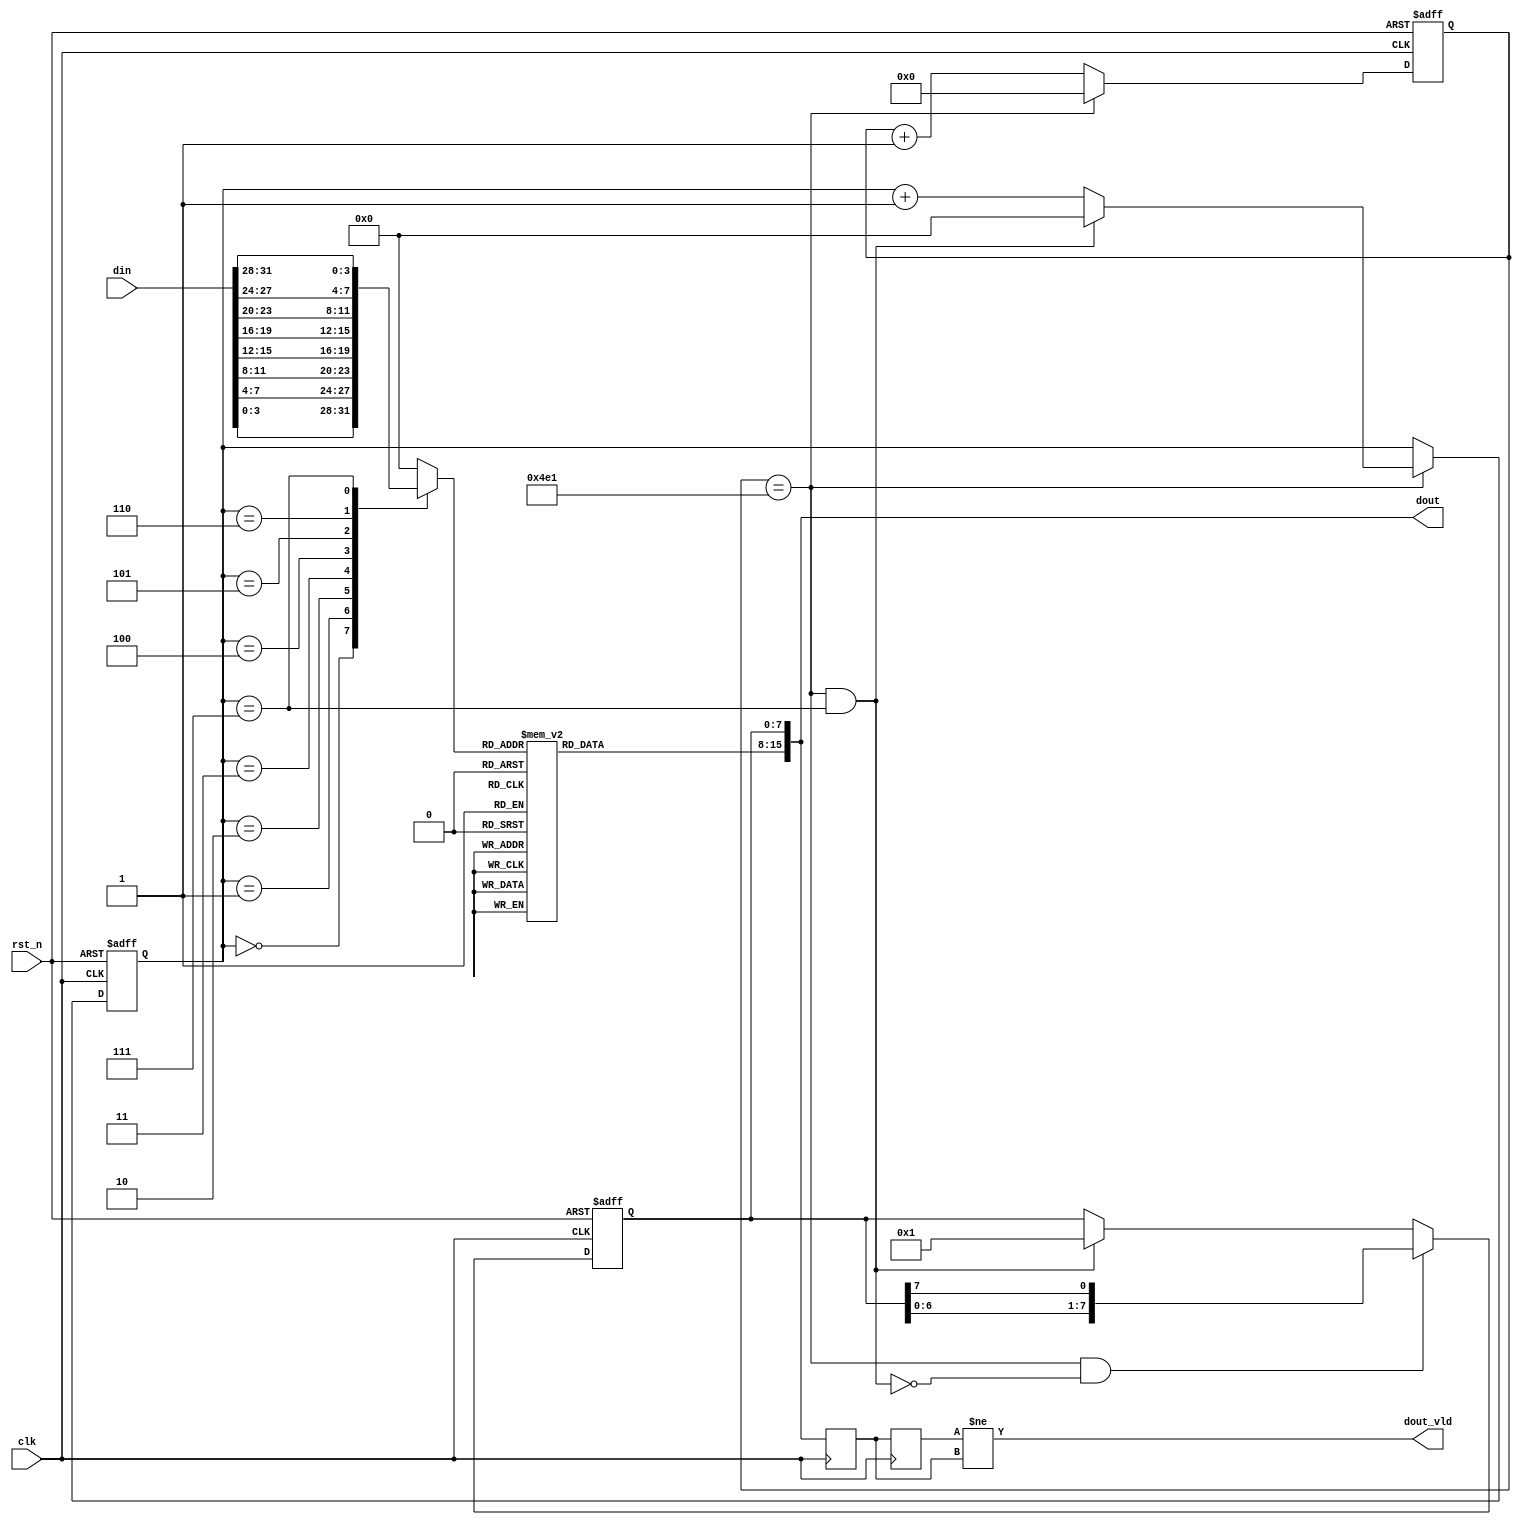
`timescale 1ns/1ns
/*

*/
module shuma (
    //global clock
    input clk,
    input rst_n,

    //user interface
    input  [31:0] din,

    output [15:0] dout,
    output        dout_vld
);
   
   reg [7:0] sel;
   reg [7:0] seg;// seg[0]-a; seg[1]-b...
   assign  dout = {seg,sel};
   
    parameter num_0 = 8'b1100_0000,//0
	           num_1 = 8'b1111_1001,//1
	           num_2 = 8'b1010_0100,//2
	           num_3 = 8'b1011_0000,//3
	           num_4 = 8'b1001_1001,//4
	           num_5 = 8'b1001_0010,//5
	           num_6 = 8'b1000_0010,//6
	           num_7 = 8'b1111_1000,//7
	           num_8 = 8'b1000_0000,//8
	           num_9 = 8'b1001_0000,//9
	           dian  = 8'b1011_1111;//-

reg [15:0]cnt0;
wire add_cnt0;
wire end_cnt0;
reg [3:0]cnt1;
wire add_cnt1;
wire end_cnt1;

reg [15:0] douts [1:0];
assign dout_vld = douts[1] != douts[0];
always  @(posedge clk)begin
   douts[0] <= dout;
   douts[1] <= douts[0];
end


   
reg [3:0] disp_tem;

//  ,
always  @(posedge clk or negedge rst_n)begin
    if(!rst_n)begin
        sel <= 8'b0000_0001;
    end
    else if(end_cnt0 && !end_cnt1)begin
        sel <= {sel[6:0],sel[7]};
    end
    else if(end_cnt1)begin
        sel <= 8'b0000_0001;
    end
end

//  ,
always  @(*)begin
   case(cnt1)
      0:      begin    disp_tem = din[ 3: 0];     end
      1:      begin    disp_tem = din[ 7: 4];     end
      2:      begin    disp_tem = din[11: 8];     end
      3:      begin    disp_tem = din[15:12];     end
      4:      begin    disp_tem = din[19:16];     end
      5:      begin    disp_tem = din[23:20];     end
      6:      begin    disp_tem = din[27:24];     end
      7:      begin    disp_tem = din[31:28];     end
      default:begin    disp_tem = 0         ;     end
   endcase
end


//  
always  @(*)begin
   case(disp_tem)
      0:      begin    seg = num_0;     end
      1:      begin    seg = num_1;     end
      2:      begin    seg = num_2;     end
      3:      begin    seg = num_3;     end
      4:      begin    seg = num_4;     end
      5:      begin    seg = num_5;     end
      6:      begin    seg = num_6;     end
      7:      begin    seg = num_7;     end
      8:      begin    seg = num_8;     end
      9:      begin    seg = num_9;     end
      4'ha:   begin    seg = dian ;     end
      default:begin    seg = dian ;     end
   endcase
end

// 
always @(posedge clk or negedge rst_n)begin
    if(!rst_n)begin
        cnt0 <= 0;
      end
    else if(add_cnt0)begin
      if(end_cnt0)
         cnt0 <= 0;
      else
         cnt0 <= cnt0 + 1;
      end      
end

assign add_cnt0 = 1;
assign end_cnt0 = add_cnt0 && cnt0 ==1250-1;//20000-1

//1
always @(posedge clk or negedge rst_n)begin
    if(!rst_n)begin
        cnt1 <= 0;
      end
    else if(add_cnt1)begin
      if(end_cnt1)
         cnt1 <= 0;
      else
         cnt1 <= cnt1 + 1;
      end      
end

assign add_cnt1 = end_cnt0;
assign end_cnt1 = add_cnt1 && cnt1 == 8-1;

    
endmodule